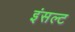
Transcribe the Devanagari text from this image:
इंसल्ट